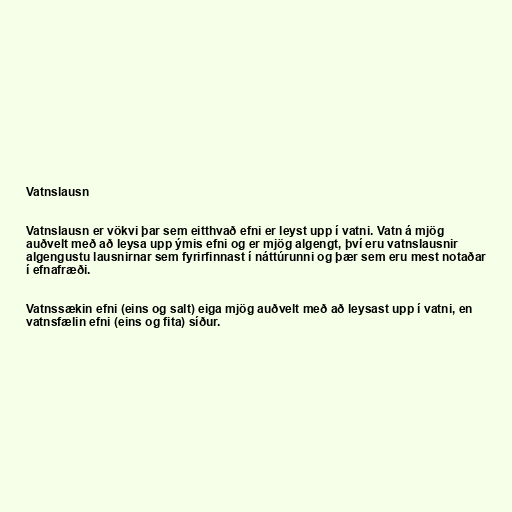
Vatnslausn

Vatnslausn er vökvi þar sem eitthvað efni er leyst upp í vatni. Vatn á mjög
auðvelt með að leysa upp ýmis efni og er mjög algengt, því eru vatnslausnir
algengustu lausnirnar sem fyrirfinnast í náttúrunni og þær sem eru mest notaðar
í efnafræði.

Vatnssækin efni (eins og salt) eiga mjög auðvelt með að leysast upp í vatni, en
vatnsfælin efni (eins og fita) síður.